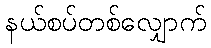
နယ်စပ်တစ်လျှောက်